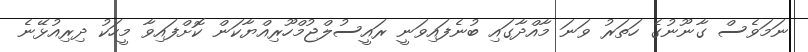
ނަމަވެސް ގާނޫނުގެ ހަތަރު ވަނަ މާއްދާގައި ބުނެފައިވަނީ ރައީސުލްޖުމްހޫރިއްޔާކަން ކޮށްފައިވާ މީހަކު ދިރިއުޅޭނެ